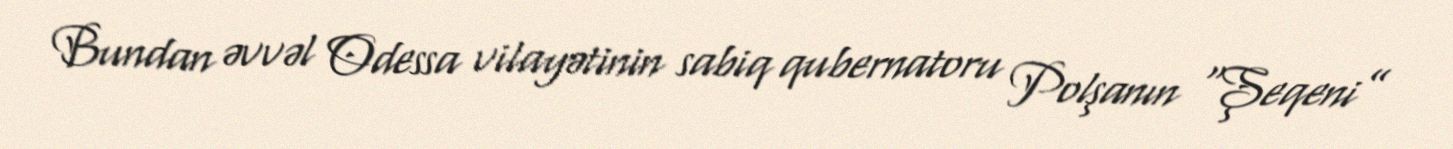
Bundan əvvəl Odessa vilayətinin sabiq qubernatoru Polşanın “Şeqeni”